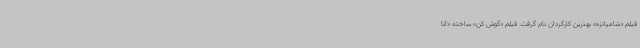
فیلم «شامپانزه» بهترین کارگردان نام گرفت. فیلم «گوش کن» ساخته «آنا